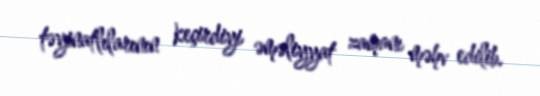
təyinatlılarının keçirdiyi əməliyyat zamanı məhv edilib.